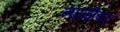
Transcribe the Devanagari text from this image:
नाळीवर